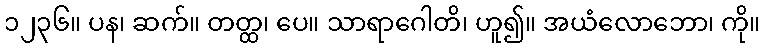
၁၂၃၆။ ပန၊ ဆက်။ တတ္ထ၊ ပေ။ သာရာဂေါတိ၊ ဟူ၍။ အယံလောဘော၊ ကို။